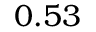
0 . 5 3